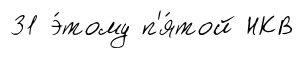
31 э́тому п'я́той НКВ